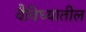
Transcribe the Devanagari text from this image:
वैविध्यातील